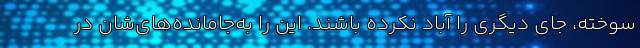
سوخته، جای دیگری را آباد نکرده باشند. این را به‌جامانده‌های‌شان در